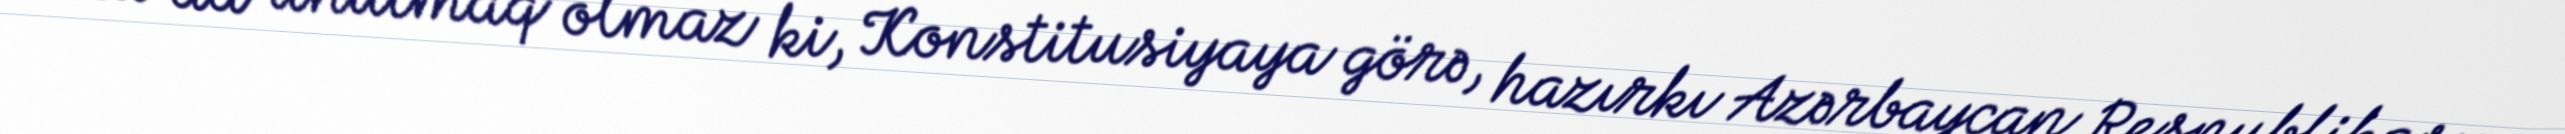
Onu da unutmaq olmaz ki, Konstitusiyaya görə, hazırkı Azərbaycan Respublikası